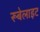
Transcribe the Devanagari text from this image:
रूबेलाइट